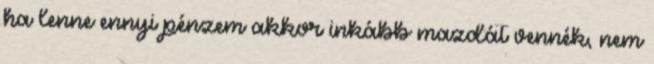
ha lenne ennyi pénzem akkor inkább mazdát vennék, nem